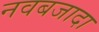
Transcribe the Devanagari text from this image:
नवबजादा